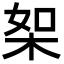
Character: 桇